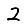
Digit: 2